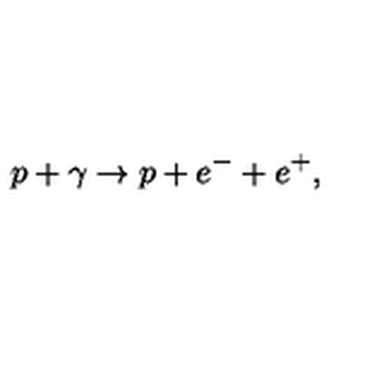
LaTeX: p + \gamma \rightarrow p + e ^ { - } + e ^ { + } ,